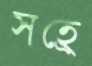
সহ্রে